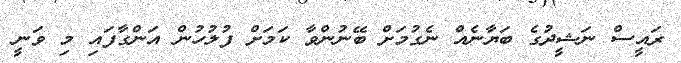
ރައީސް ނަޝީދުގެ ބަޔާނެއް ނެގުމަށް ބޭނުންވާ ކަމަށް ފުލުހުން އަންގާފައި މި ވަނީ